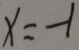
x = - 1